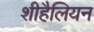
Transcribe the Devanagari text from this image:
शीहैलियन